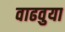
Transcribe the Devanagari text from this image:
वाढवुया